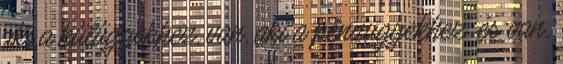
aki a külügyekhez, van, aki a pénzügyekhez .és van,